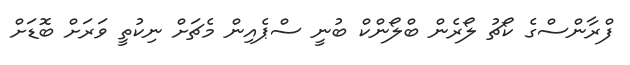
ފްރާންސްގެ ކޯޗު ލޯރެން ބްލޯންކް ބުނީ ސްޕެއިން މެޗަށް ނިކުތީ ވަރަށް ބޮޑަށް